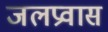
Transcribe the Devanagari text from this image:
जलप्रवास